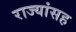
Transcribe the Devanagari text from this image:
राज्यांसह